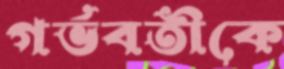
গর্ভবতীকে